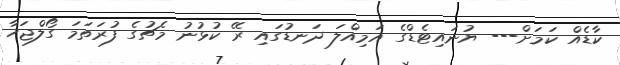
ކާޑެއް ކަމަށް--- ޔުނައިޓެޑްގެ އަމިއްލަ ދަނޑުގައި ރޭ ކުޅުނު މެޗުގެ ފުރަތަމަ ގޯލްޖަހާ